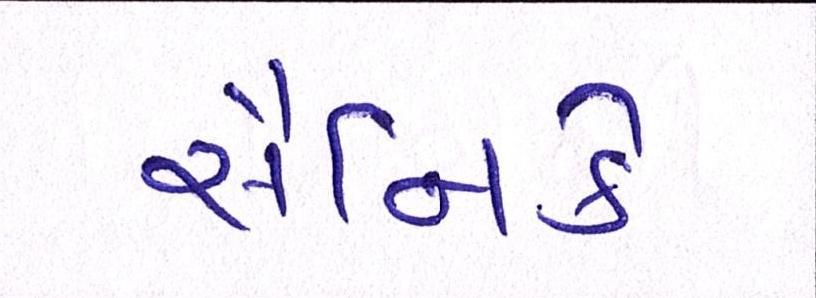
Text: સૈનિકે